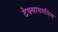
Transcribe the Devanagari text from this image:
टेक्सासमधिल